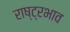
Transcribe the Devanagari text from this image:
राष्ट्रभाव